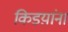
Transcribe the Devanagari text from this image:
किडय़ांना